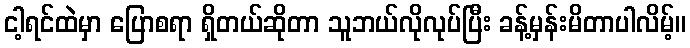
ငါ့ရင်ထဲမှာ ပြောစရာ ရှိတယ်ဆိုတာ သူဘယ်လိုလုပ်ပြီး ခန့်မှန်းမိတာပါလိမ့်။